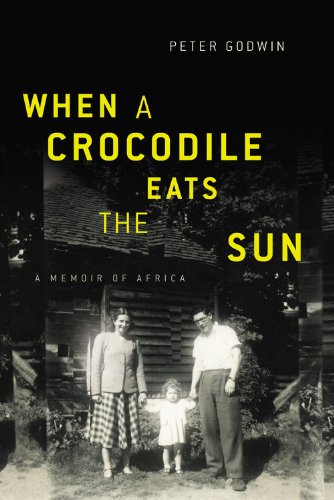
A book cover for When a Crocodile Eats the Sun: A Memoir of Africa; Peter Godwin; History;